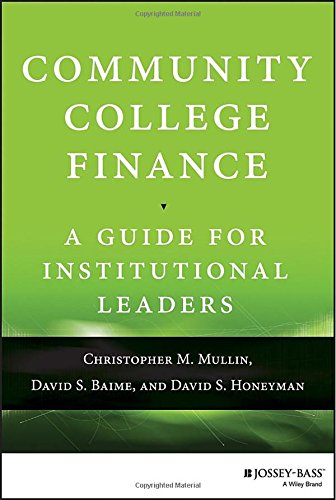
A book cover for Community College Finance: A Guide for Institutional Leaders; Christopher M. Mullin; Education & Teaching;